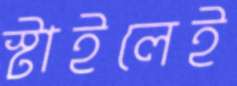
স্টাইলেই